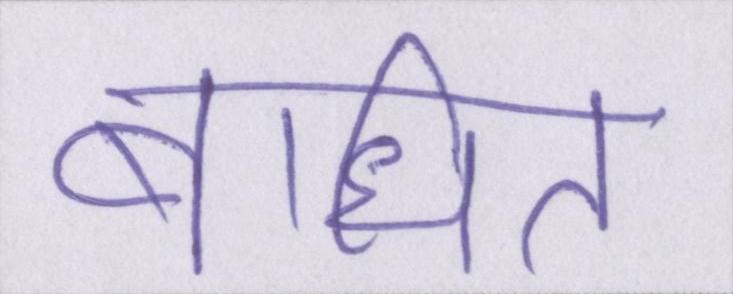
बाधित